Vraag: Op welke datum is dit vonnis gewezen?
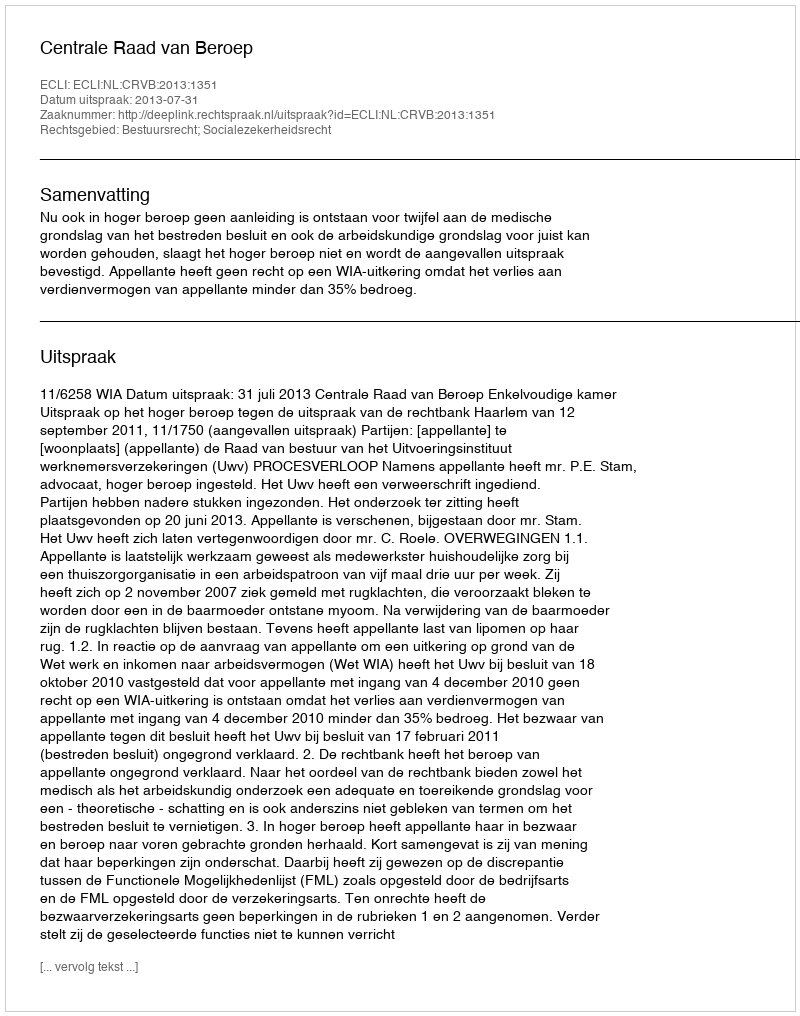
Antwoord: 2013-07-31